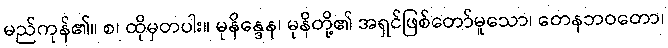
မည်ကုန်၏။ စ၊ ထိုမှတပါး။ မုနိန္ဒေန၊ မုနိတို့၏ အရှင်ဖြစ်တော်မူသော၊ တေနဘဝတော၊